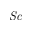
\mathit { S c }